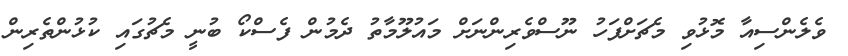
ވެލެންސިއާ މޮޅުވި މެޗަށްފަހު ނޫސްވެރިންނަށް މައުލޫމާތު ދެމުން ފެސްކޯ ބުނީ މެޗުގައި ކުޅުންތެރިން